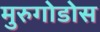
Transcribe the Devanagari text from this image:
मुरुगोडोस